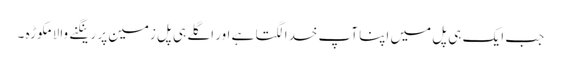
جب ایک ہی پل میں اپنا آپ خدا لگتا ہے اور اگلے ہی پل زمین پر رینگنے والا مکوڑہ ۔